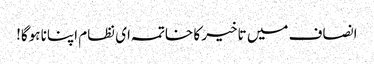
انصاف میں تاخیر کا خاتمہ ای نظام اپنانا ہوگا!